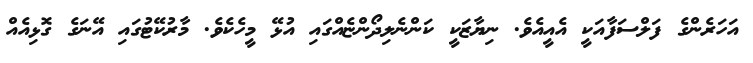
އަހަރެންގެ ފަލްސަފާއަކީ އެއީއެވެ. ނިޔާޒަކީ ކަންނެލިދޯންޏެއްގައި އުޅޭ މީހެކެވެ. މާރުކޭޓުގައި އޭނަގެ ގޮޅިއެއް